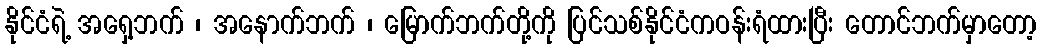
နိုင်ငံရဲ့ အရှေ့ဘက် ၊ အနောက်ဘက် ၊ မြောက်ဘက်တို့ကို ပြင်သစ်နိုင်ငံကဝန်းရံထားပြီး တောင်ဘက်မှာတော့